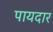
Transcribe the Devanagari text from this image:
पायदार